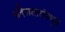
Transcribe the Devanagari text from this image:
संदेशतारांमधून